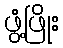
ဖွံ့ဖြိုး